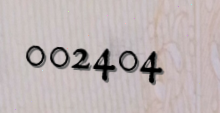
002404